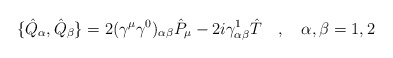
\begin{align*}\{\hat{Q}_\alpha,\hat{Q}_\beta\}=2(\gamma^\mu\gamma^0)_{\alpha\beta}\hat{P}_\mu-2i\gamma^1_{\alpha\beta}\hat{T}\quad , \quad \alpha ,\beta=1,2\end{align*}